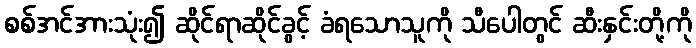
စစ်အင်အားသုံး၍ ဆိုင်ရာဆိုင်ခွင့် ခံရသောသူကို သီပေါတွင် ဆီးနှင်းတို့ကို